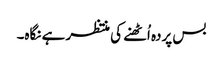
بس پردہ اُٹھنے کی منتظر ہے نگاہ۔